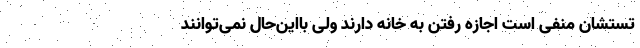
تستشان منفی است اجازه رفتن به خانه دارند ولی بااین‌حال نمی‌توانند